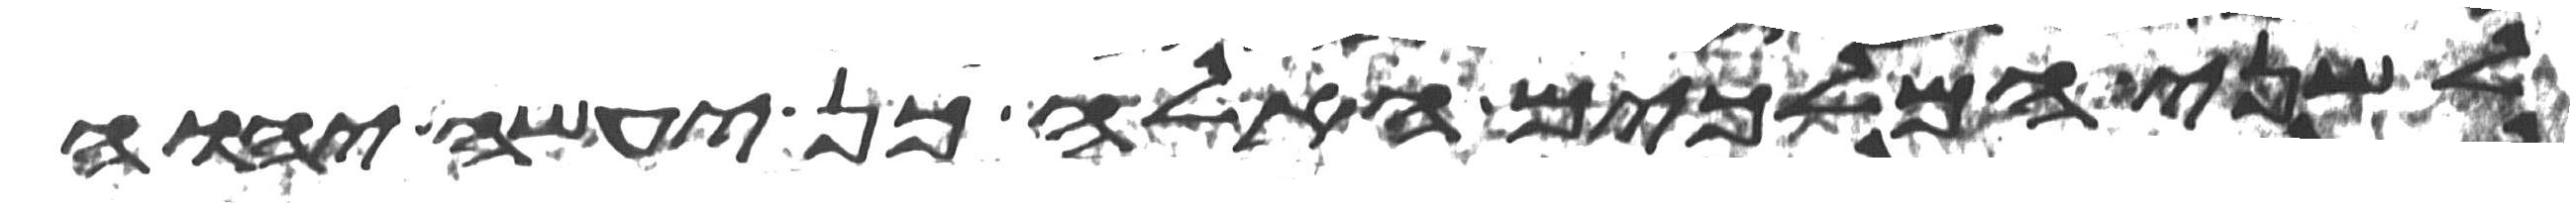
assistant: לשני המלכים האלה כן יעשה יהוה